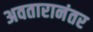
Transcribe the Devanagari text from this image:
अवतारानंतर